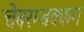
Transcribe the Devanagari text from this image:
चेंबरम्बक्कम